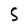
Character: S